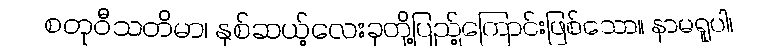
စတုဝီသတိမာ၊ နှစ်ဆယ့်လေးခုတို့ပြည့်ကြောင်းဖြစ်သော။ နာမရူပါ၊